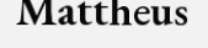
Mattheus